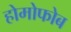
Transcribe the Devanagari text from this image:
होमोफोब